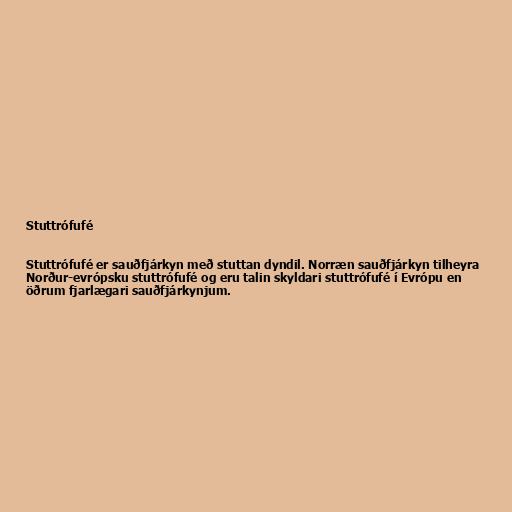
Stuttrófufé

Stuttrófufé er sauðfjárkyn með stuttan dyndil. Norræn sauðfjárkyn tilheyra
Norður-evrópsku stuttrófufé og eru talin skyldari stuttrófufé í Evrópu en
öðrum fjarlægari sauðfjárkynjum.